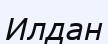
Илдан